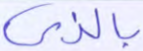
بالذي